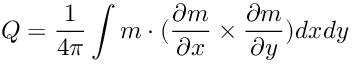
Q = \frac { 1 } { 4 \pi } \int \boldsymbol { m } \cdot ( \frac { \partial \boldsymbol { m } } { \partial x } \times \frac { \partial \boldsymbol { m } } { \partial y } ) d x d y